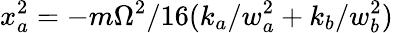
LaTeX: x_{a}^{2}=-m\Omega^{2}/16(k_{a}/w_{a}^{2}+k_{b}/w_{b}^{2})